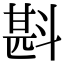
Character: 斟